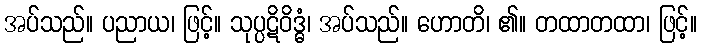
အပ်သည်။ ပညာယ၊ ဖြင့်။ သုပ္ပဋိဝိဒ္ဓံ၊ အပ်သည်။ ဟောတိ၊ ၏။ တထာတထာ၊ ဖြင့်။